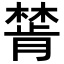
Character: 𣛅